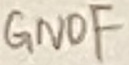
Text: GNDF